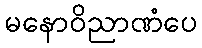
မနောဝိညာဏံပေ